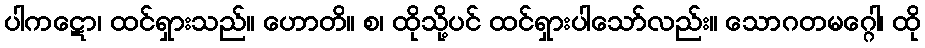
ပါကဋော၊ ထင်ရှားသည်။ ဟောတိ။ စ၊ ထိုသို့ပင် ထင်ရှားပါသော်လည်း။ သောဂတမဂ္ဂေါ၊ ထို